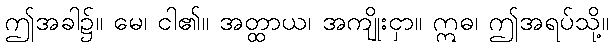
ဤအခါ၌။ မေ၊ ငါ၏။ အတ္ထာယ၊ အကျိုးငှာ။ ဣဓ၊ ဤအရပ်သို့။